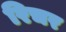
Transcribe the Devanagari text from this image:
रिचर